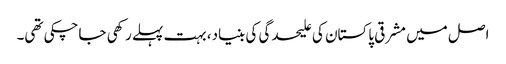
اصل میں مشرقی پاکستان کی علیحدگی کی بنیاد، بہت پہلے رکھی جاچکی تھی۔